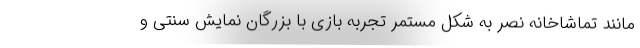
مانند تماشاخانه نصر به شکل مستمر تجربه بازی با بزرگان نمایش سنتی و